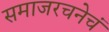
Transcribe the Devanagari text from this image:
समाजरचनेचं